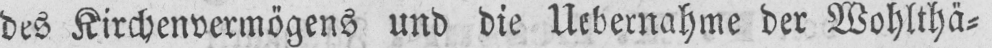
des Kirchenvermögens und die Uebernahme der Wohlthä⸗